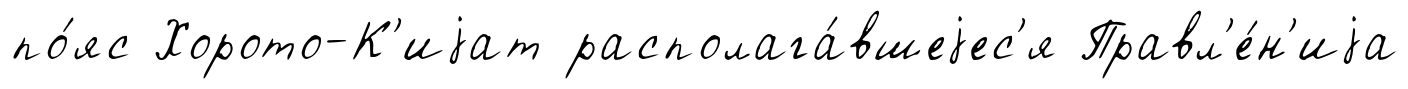
по́яс Хорото-К'иjат располага́вшеjес'я Правл'е́н'иjа